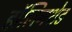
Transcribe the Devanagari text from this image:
हॉलिनशेड